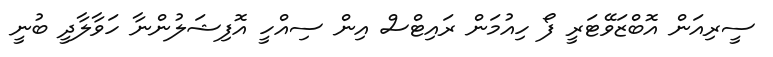
ސީރިއަން އޮބްޒަވޭޓަރީ ފޯ ހިއުމަން ރައިޓްސް އިން ސިއްހީ އޮފިޝަލުންނާ ހަވާލާދީ ބުނީ